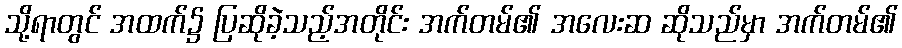
သို့ရာတွင် အထက်၌ ပြဆိုခဲ့သည့်အတိုင်း အက်တမ်၏ အလေးဆ ဆိုသည်မှာ အက်တမ်၏